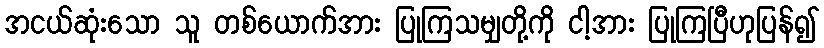
အငယ်ဆုံးသော သူ တစ်ယောက်အား ပြုကြသမျှတို့ကို ငါ့အား ပြုကြပြီဟုပြန်၍